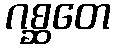
ဂစ္ဆတေ